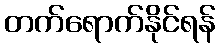
တက်ရောက်နိုင်ရန်